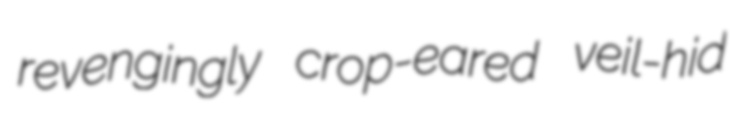
revengingly crop-eared veil-hid